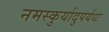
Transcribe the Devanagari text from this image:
नमस्कुर्यादुपर्यधः